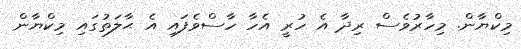
މިކްޔާން. މިހާރުވެސް ރިދާ އެ ހުރީ އެހާ ހާސްވެފައި އެ ޙާލަތުގައި މިކްޔާން